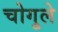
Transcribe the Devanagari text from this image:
चोगुले